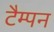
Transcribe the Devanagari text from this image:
टैम्पन